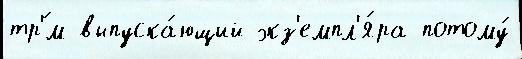
тр'́м выпуска́ющий экз'емпл'я́ра потому́